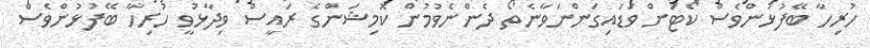
ހުރިހާ ބޭފުޅުންވެސް ކޯޓަށް ވަޑައިގަންނަވާނެތޯ ދެންނެވުމުން ކޮމިޝަންގެ ރައީސް ވިދާޅުވީ ހުރިހާ ބޭފުޅުންވެސް